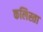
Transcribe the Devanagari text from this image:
कलिस्ता